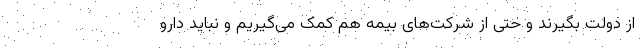
از دولت بگیرند و حتی از شرکت‌های بیمه هم کمک می‌گیریم و نباید دارو